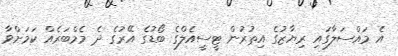
އެ މައްސަލާގައި ރިޔާޒުގެ އިތުރުން ޓީސީއެލްގެ ބޯޑުގެ އޭރުގެ ދެ މެމްބަރެއް ކަމަށްވާ